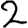
Digit: 2